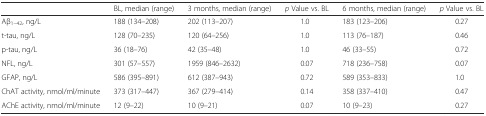
<table><thead><tr><td></td><td><b>BL, median (range)</b></td><td><b>3 months, median (range)</b></td><td><b><i>p</i> Value vs. BL</b></td><td><b>6 months, median (range)</b></td><td><b><i>p</i> Value vs. BL</b></td></tr></thead><tbody><tr><td>Aβ<sub>1–42</sub>, ng/L</td><td>188 (134–208)</td><td>202 (113–207)</td><td>1.0</td><td>183 (123–206)</td><td>0.27</td></tr><tr><td>t-tau, ng/L</td><td>128 (70–235)</td><td>120 (64–256)</td><td>1.0</td><td>113 (76–187)</td><td>0.46</td></tr><tr><td>p-tau, ng/L</td><td>36 (18–76)</td><td>42 (35–48)</td><td>1.0</td><td>46 (33–55)</td><td>0.72</td></tr><tr><td>NFL, ng/L</td><td>301 (57–557)</td><td>1959 (846–2632)</td><td>0.07</td><td>718 (236–758)</td><td>0.07</td></tr><tr><td>GFAP, ng/L</td><td>586 (395–891)</td><td>612 (387–943)</td><td>0.72</td><td>589 (353–833)</td><td>1.0</td></tr><tr><td>ChAT activity, nmol/ml/minute</td><td>373 (317–447)</td><td>367 (279–414)</td><td>0.14</td><td>358 (337–410)</td><td>0.47</td></tr><tr><td>AChE activity, nmol/ml/minute</td><td>12 (9–22)</td><td>10 (9–21)</td><td>0.07</td><td>10 (9–23)</td><td>0.27</td></tr></tbody></table>